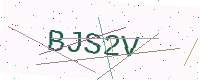
Text: BJS2V